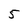
Character: 5